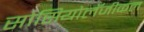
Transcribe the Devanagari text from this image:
सोसियोलॅजीकल